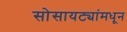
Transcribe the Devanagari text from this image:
सोसायट्यांमधून